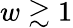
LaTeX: w\gtrsim 1